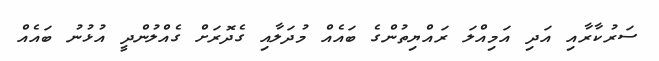
ސަރުކާރާއި އަދި އަމިއްލަ ރައްޔިތުންގެ ބައެއް މުދަލާއި ގެދޮރަށް ގެއްލުންދީ އުޅުނު ބައެއް